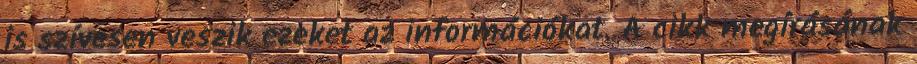
is szívesen veszik ezeket az információkat. A cikk megírásának